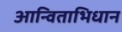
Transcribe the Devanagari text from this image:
आन्विताभिधान